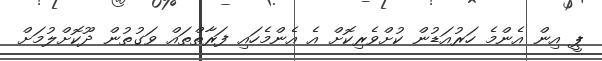
ޕީ އިން އެންމެ ހަރުއަޑުން ކުށްވެރިކޮށް އެ އެންމެހައި ފަރާތްތައް ވަގުތުން ދޫކޮށްލުމަށް